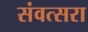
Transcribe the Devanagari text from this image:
संवत्सरा